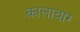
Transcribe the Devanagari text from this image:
कालाबार